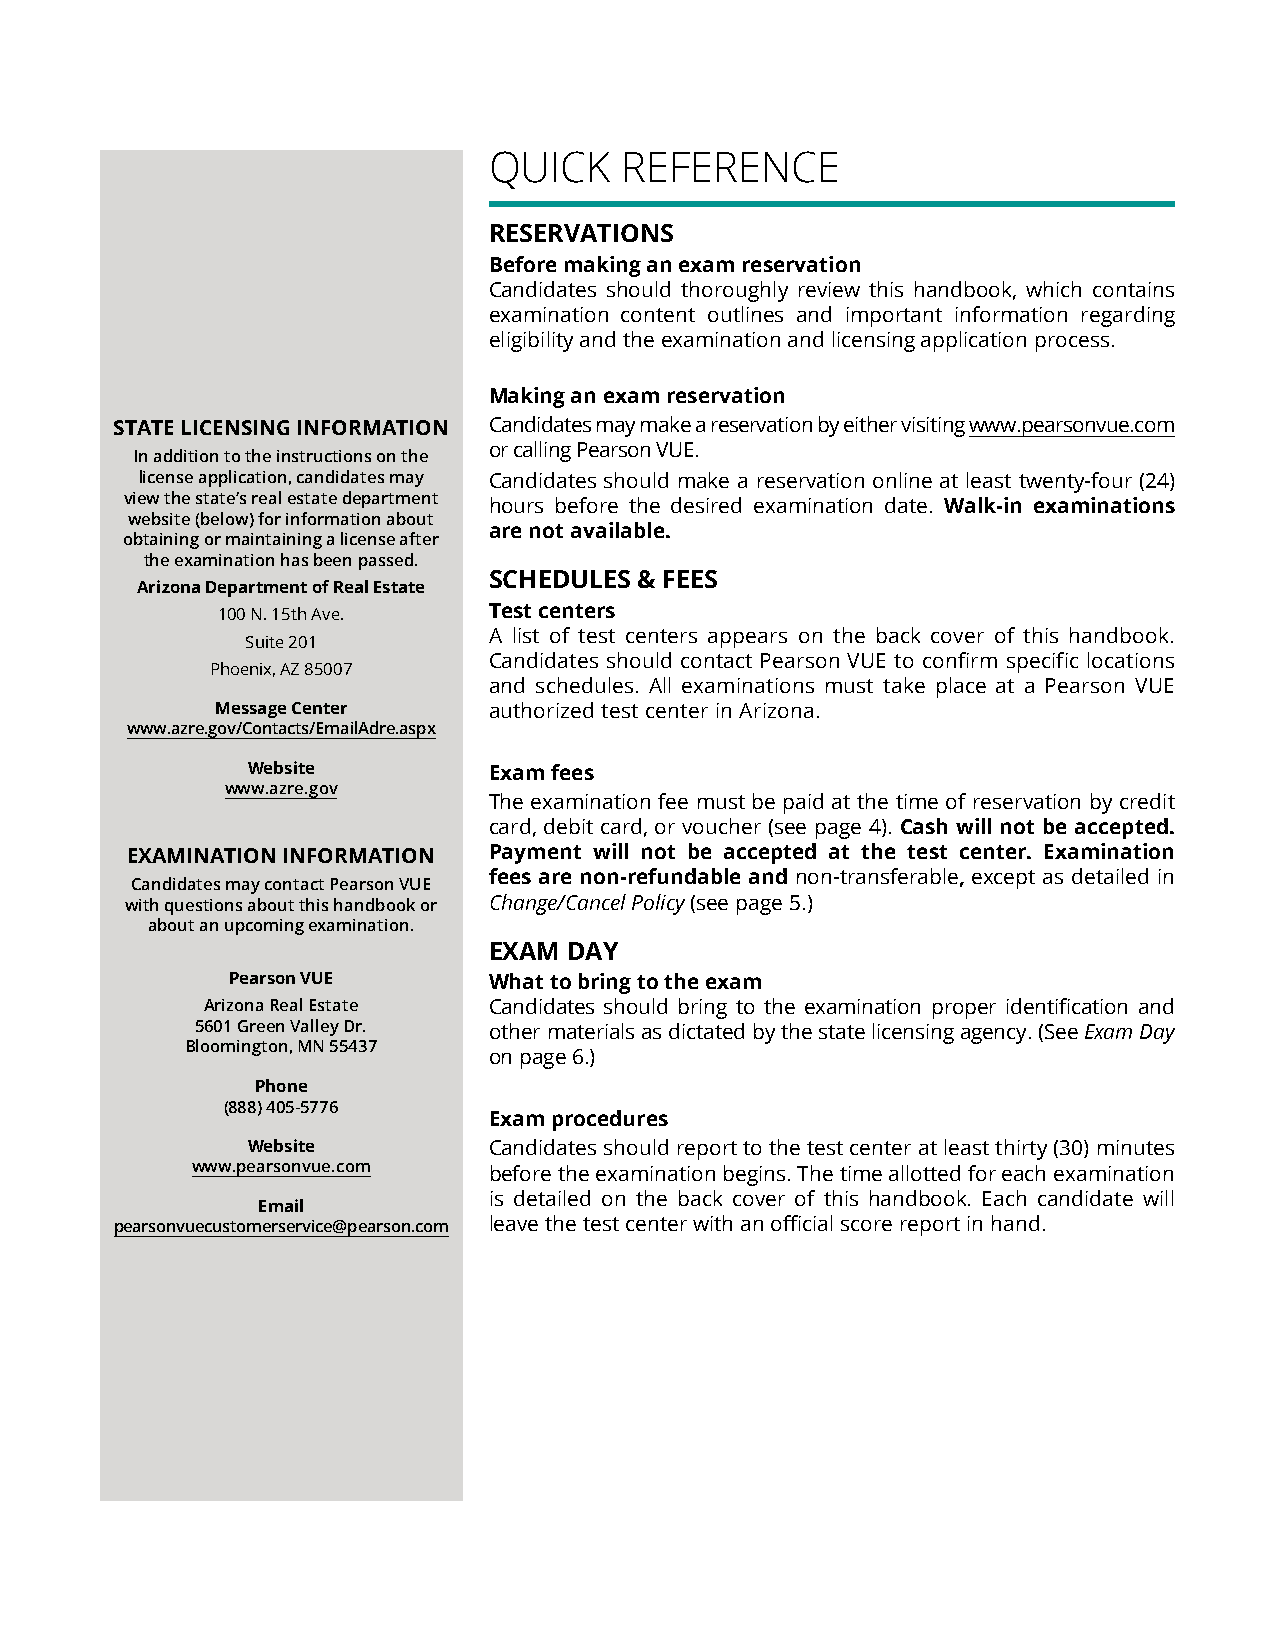
QUICK    REFERENCE
 RESERVATIONS
 Before making an exam reservation
 Candidates should thoroughly review this handbook, which contains
 examination content outlines and important information regarding
 eligibility and the examination and licensing application process.
 Making an exam reservation
 STATE LICENSING INFORMATION Candidates may make a reservation by either visiting www.pearsonvue.com
 or calling Pearson VUE.
 In addition to the instructions on the
 license application, candidates may Candidates should make a reservation online at least twenty-four (24)
 view the state’s real estate department
 hours before the desired examination date. Walk-in examinations
 website (below) for information about
 are not available.
 obtaining or maintaining a license after
 the examination has been passed.
 SCHEDULES & FEES
 Arizona Department of Real Estate
 100 N. 15th Ave.  Test centers
 A list of test centers appears on the back cover of this handbook.
 Suite 201
 Candidates should contact Pearson VUE to confirm specific locations
 Phoenix, AZ 85007
 and schedules. All examinations must take place at a Pearson VUE
 Message Center    authorized test center in Arizona.
 www.azre.gov/Contacts/EmailAdre.aspx
 Website         Exam fees
 www.azre.gov
 The examination fee must be paid at the time of reservation by credit
 card, debit card, or voucher (see page 4). Cash will not be accepted.
 EXAMINATION INFORMATION Payment will not be accepted at the test center. Examination
 fees are non-refundable and non-transferable, except as detailed in
 Candidates may contact Pearson VUE
 with questions about this handbook or Change/Cancel Policy (see page 5.)
 about an upcoming examination.
 EXAM  DAY
 Pearson VUE      What to bring to the exam
 Arizona Real Estate Candidates should bring to the examination proper identification and
 5601 Green Valley Dr. other materials as dictated by the state licensing agency. (See Exam Day
 Bloomington, MN 55437
 on page 6.)
 Phone
 (888) 405-5776
 Exam procedures
 Website         Candidates should report to the test center at least thirty (30) minutes
 www.pearsonvue.com before the examination begins. The time allotted for each examination
 is detailed on the back cover of this handbook. Each candidate will
 Email
 pearsonvuecustomerservice@pearson.com leave the test center with an official score report in hand.